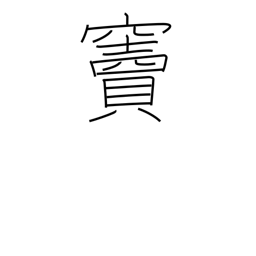
Meaning: doorway